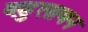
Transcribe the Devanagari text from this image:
बहुलाबन